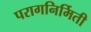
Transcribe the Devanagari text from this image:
परागनिर्मिती